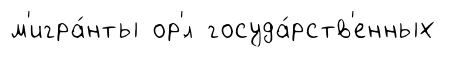
м'игра́нты ор'́л госуда́рств'енных